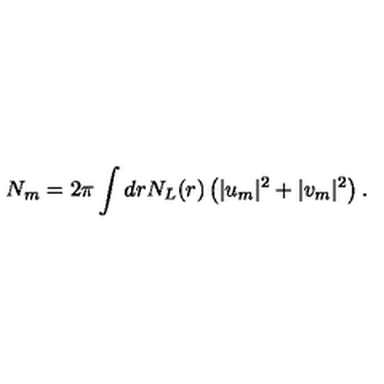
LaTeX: N _ { m } = 2 \pi \int d r N _ { L } ( r ) \left( | u _ { m } | ^ { 2 } + | v _ { m } | ^ { 2 } \right) .